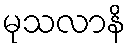
မုသလာနိ